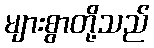
များစွာတို့သည်